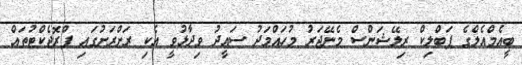
ބީއެމްއެލްގެ ޕަބްލިކް ރިލޭޝަންސް މެނޭޖަރު މުހައްމަދު ސައީދު ވިދާޅުވީ އެކި ރަށްރަށުގައި ޕްރޮޖެކްޓުތައް